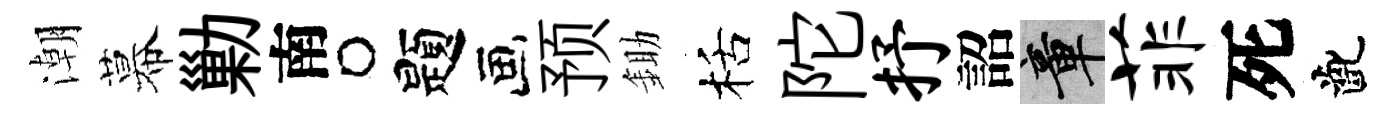
潮幕勦南题预鋤栝陀抒詔章菲死齔